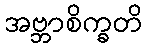
အဗ္ဘာစိက္ခတိ